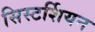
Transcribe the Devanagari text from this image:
सिस्टर्शियन